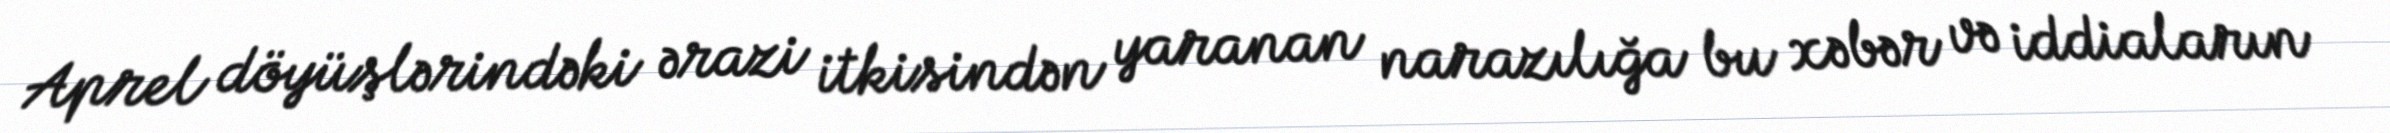
Aprel döyüşlərindəki ərazi itkisindən yaranan narazılığa bu xəbər və iddiaların